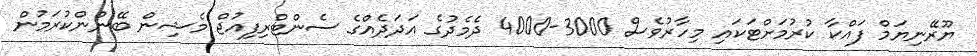
ޔޫރޭނިޔަމް ފައްކާ ކުރުމަށްޓަކައި މިހާރުވެސް 3000-4000 ދެމެދުގެ އަދަދެއްގެ ސެންޓްރިފިއުޖް މެޝިން ބޭނުންކުރަމުން